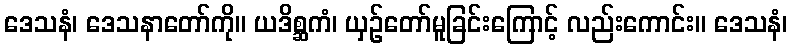
ဒေသနံ၊ ဒေသနာတော်ကို။ ယဒိစ္ဆကံ၊ ယှဉ်တော်မူခြင်းကြောင့် လည်းကောင်း။ ဒေသနံ၊